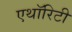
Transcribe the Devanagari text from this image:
एथॉरिटी